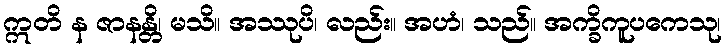
ဣတိ န ဇာနန္တိ၊ မသိ။ အဿုပိ၊ လည်း။ အဟံ၊ သည်။ အက္ခိကူပကေသု၊